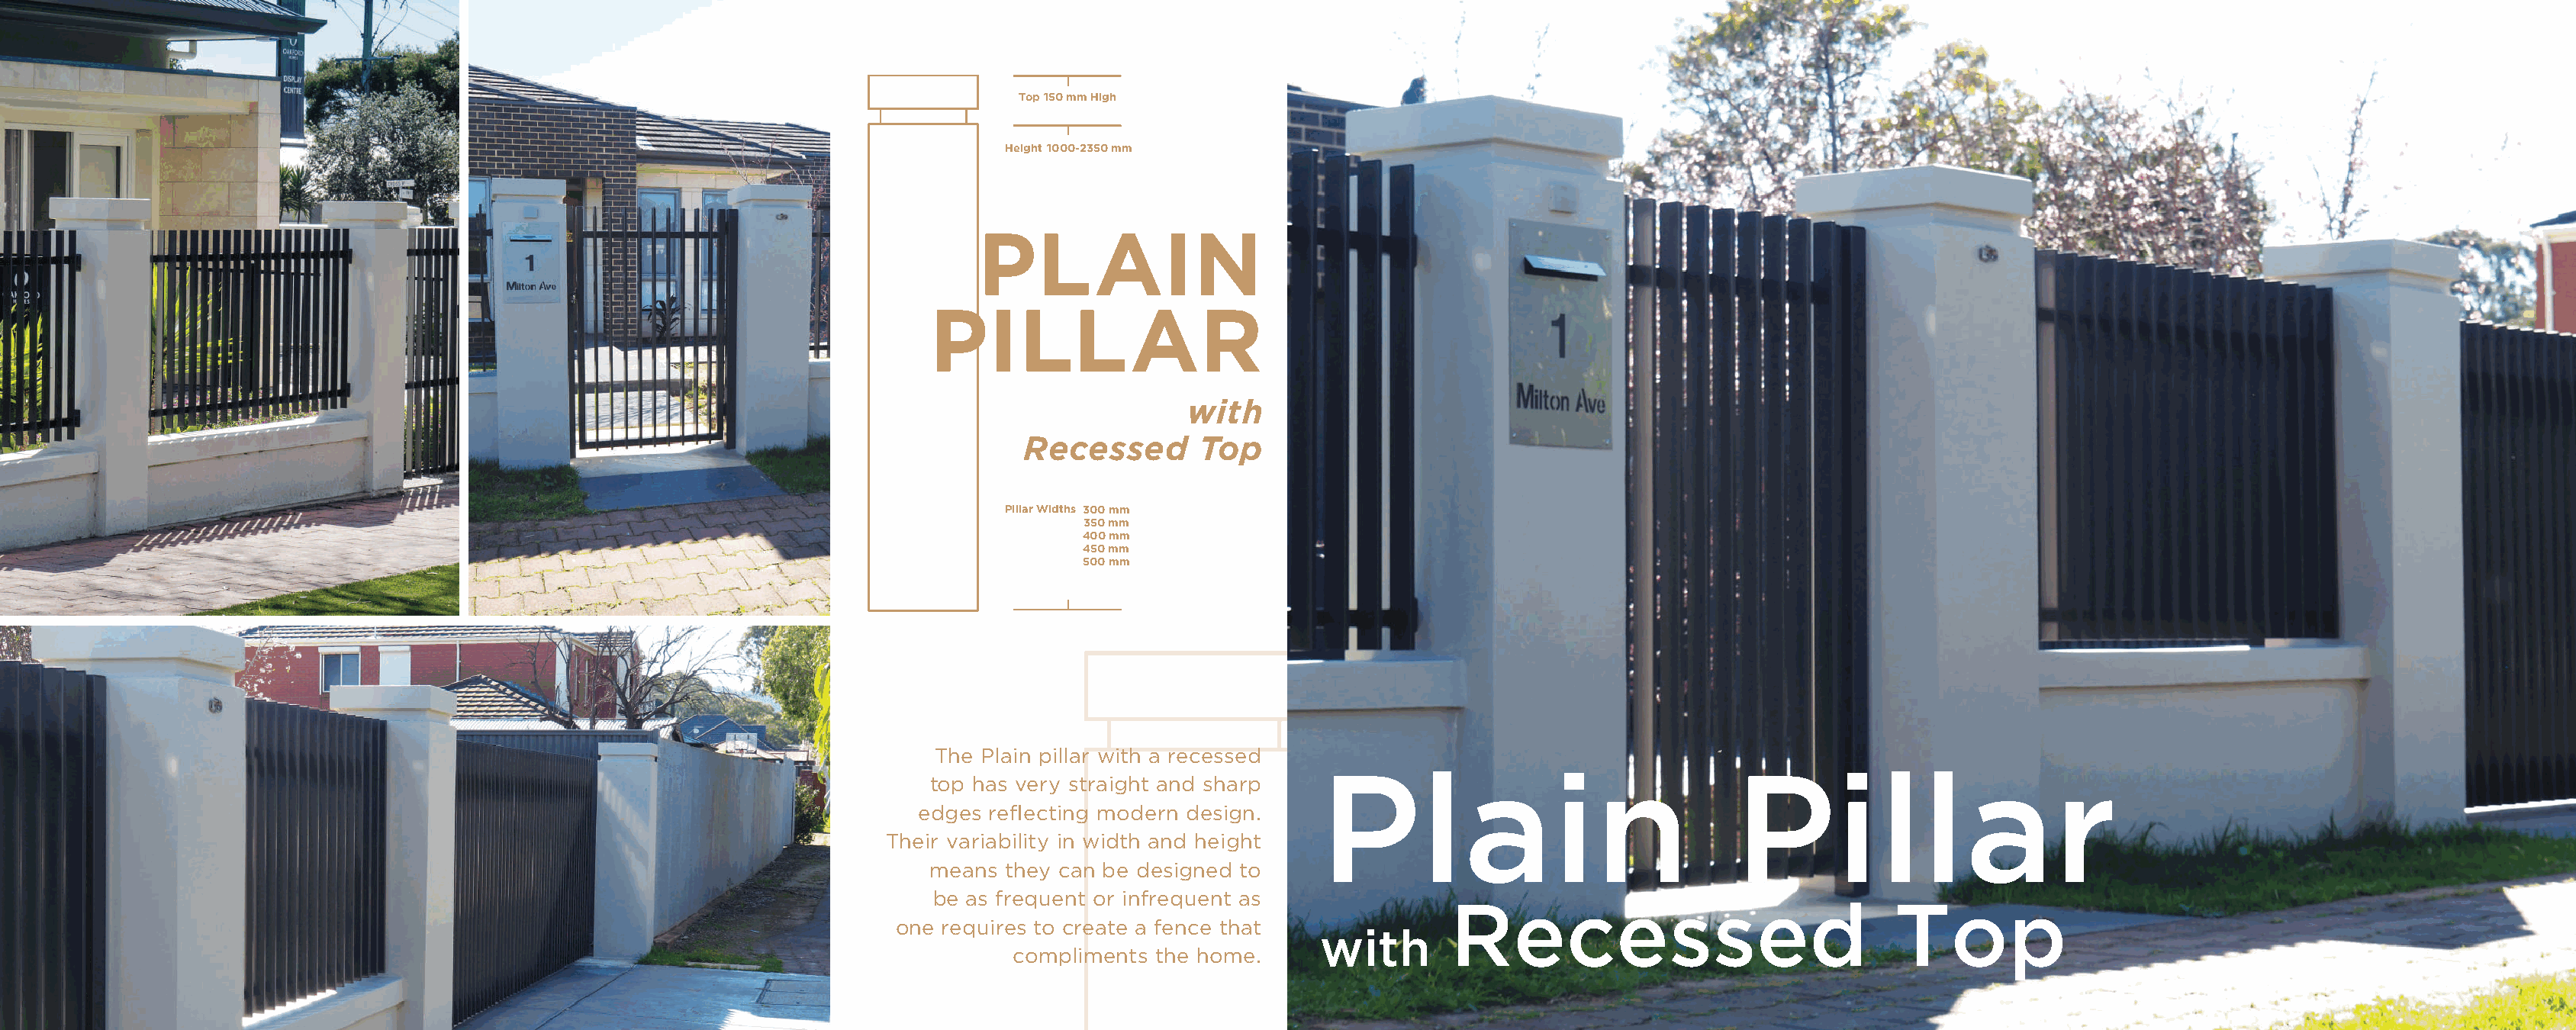
Top 150 mm High
 Height 1000-2350 mm
 PLAIN
 PILLAR
 with
 Recessed       Top
 Pillar Widths 300 mm
 350 mm
 400 mm
 450 mm
 500 mm
 Top 150 mm  High
 The Plain pillar with a recessed
 Plain                               Pillar
 top has very straight and sharp
 Height 1000-2350  mm
 edges reflecting modern design.
 Their variability in width and height
 means they can be designed to
 be as frequent or infrequent as              Recessed                              Top
 one requires to create a fence that
 with
 compliments the home.
 Pillar Widths 300 mm
 350 mm
 400 mm
 450 mm
 500 mm